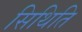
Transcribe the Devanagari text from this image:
सिथिति